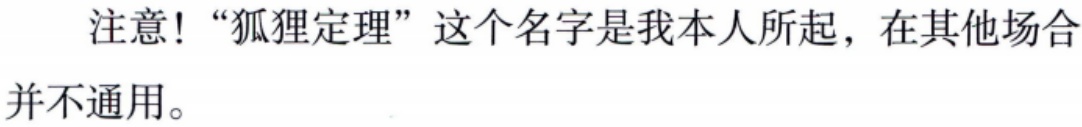
注意! “狐狸定理”这个名字是我本人所起，在其他场合并不通用。